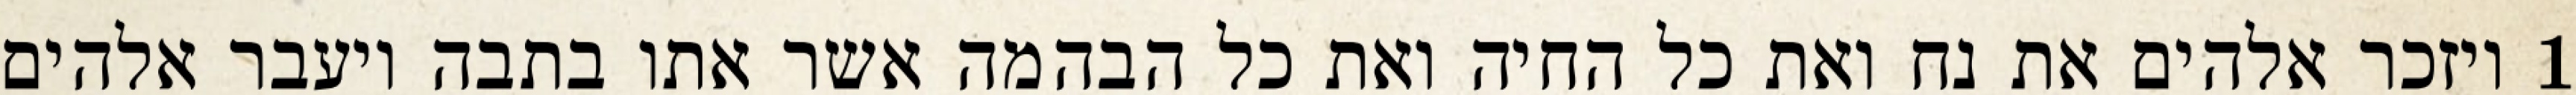
1 ויזכר אלהים את נח ואת כל החיה ואת כל הבהמה אשר אתו בתבה ויעבר אלהים